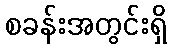
စခန်းအတွင်းရှိ